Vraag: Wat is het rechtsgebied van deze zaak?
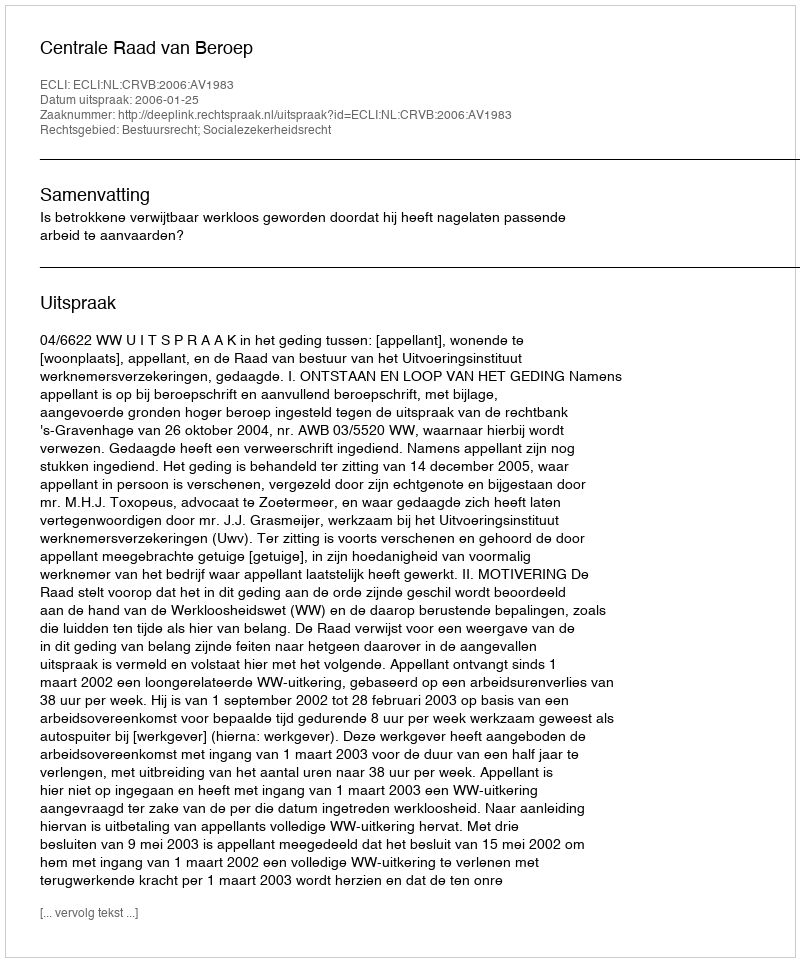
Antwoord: Bestuursrecht; Socialezekerheidsrecht